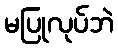
မပြုလုပ်ဘဲ